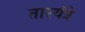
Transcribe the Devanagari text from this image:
तारयंत्रे